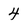
Character: 4